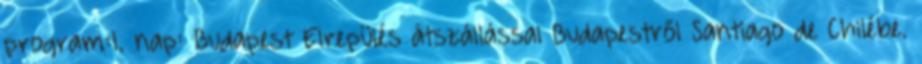
program:1. nap: Budapest Elrepülés átszállással Budapestről Santiago de Chilébe.